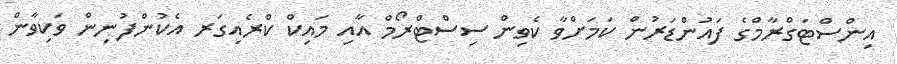
އިންސްޓަގްރާމްގެ ފައުންޑަރުން ކަމަށްވާ ކެވިން ސިސްޓްރޯމް އާއި މައިކް ކްރެއިގަރ އެކުންފުނިން ވަކިވާން